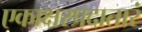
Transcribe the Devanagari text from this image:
एकाक्षरप्रदातारं